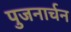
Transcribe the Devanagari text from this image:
पुजनार्चन